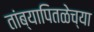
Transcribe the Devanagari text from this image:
तांब्यापितळेच्या